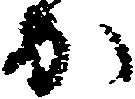
か